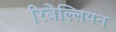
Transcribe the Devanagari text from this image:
रिबेल्लियन